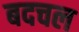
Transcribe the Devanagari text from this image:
बदचल